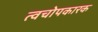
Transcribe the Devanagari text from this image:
त्वचोपकारक